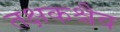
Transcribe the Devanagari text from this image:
तक्षकश्चैव